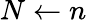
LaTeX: N\gets n